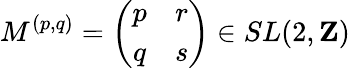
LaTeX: M^{(p,q)}=\left(\begin{array}{cc}{{p}}&{{r}}\\ {{q}}&{{s}}\end{array}\right)\in SL(2,{\mathbf Z})